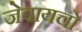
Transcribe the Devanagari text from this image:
जेवायचो